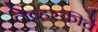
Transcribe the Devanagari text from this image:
लेव्हस्कीचे